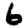
Digit: 6